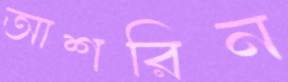
আশরিন